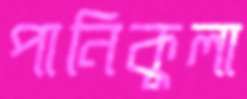
পানিকুলা